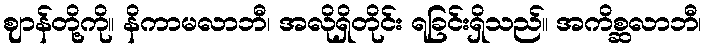
ဈာန်တို့ကို။ နိကာမလာဘီ၊ အလိုရှိတိုင်း ရခြင်းရှိသည်။ အကိစ္ဆလာဘီ၊